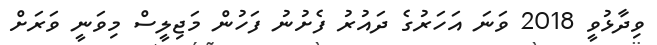
ވިދާޅުވީ 2018 ވަނަ އަހަރުގެ ދައުރު ފެށުނު ފަހުން މަޖިލީސް މިވަނީ ވަރަށް